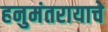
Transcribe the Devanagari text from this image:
हनुमंतरायाचे